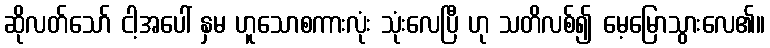
ဆိုလတ်သော် ငါ့အပေါ် နှမ ဟူသောစကားလုံး သုံးလေပြီ ဟု သတိလစ်၍ မေ့မြောသွားလေ၏။